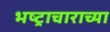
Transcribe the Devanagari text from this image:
भष्ट्राचाराच्या